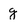
Character: g